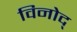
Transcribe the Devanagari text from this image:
विनोद्